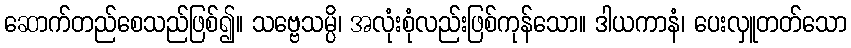
ဆောက်တည်စေသည်ဖြစ်၍။ သဗ္ဗေသမ္ပိ၊ အလုံးစုံလည်းဖြစ်ကုန်သော။ ဒါယကာနံ၊ ပေးလှူတတ်သော